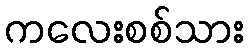
ကလေးစစ်သား